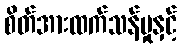
စိတ်အားထက်သန်မှုနှင့်